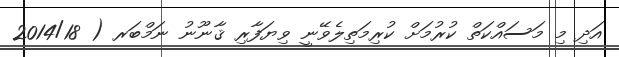
އަދި މި މަސައްކަތް ކުރުމަށް ކުރިމަތިލެވޭނީ ވިޔަފާރި ޤާނޫނު ނަމްބަރ ( 2014/18